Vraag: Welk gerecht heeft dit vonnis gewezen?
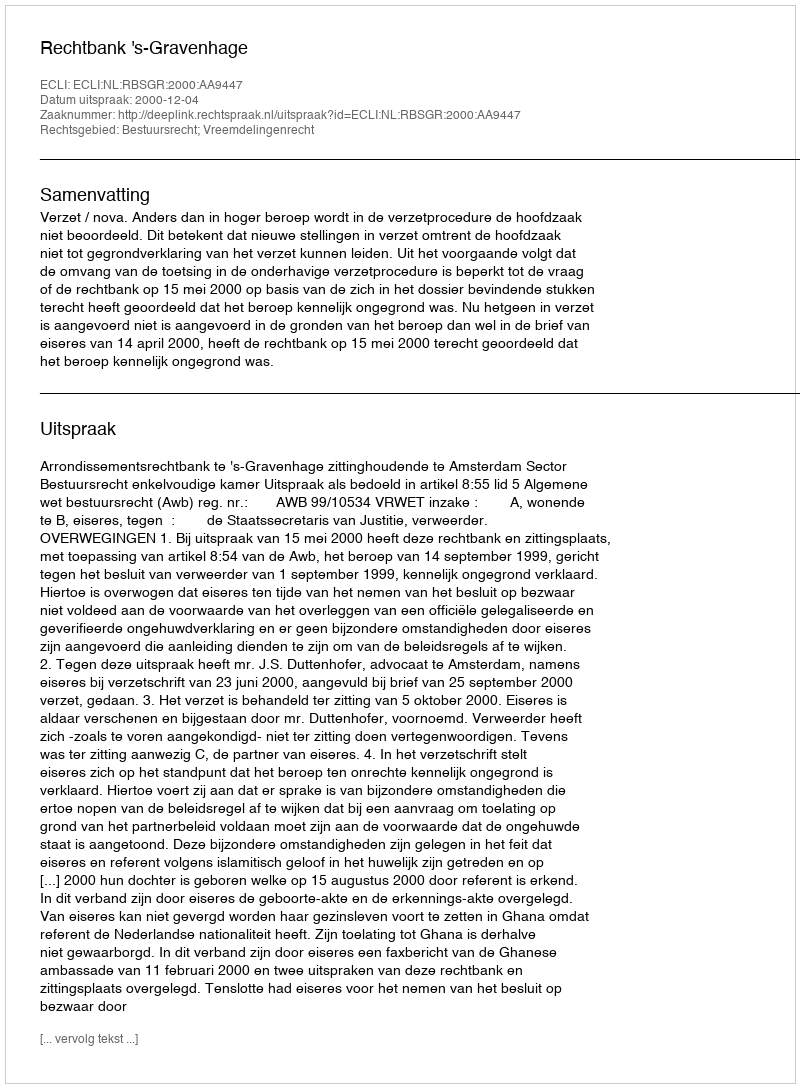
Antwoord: Rechtbank 's-Gravenhage